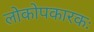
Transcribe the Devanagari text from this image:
लोकोपकारकः